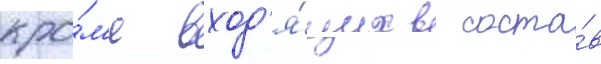
кро́м'е вход'я́щих в соста́в